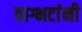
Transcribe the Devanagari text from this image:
वाग्भटांनी